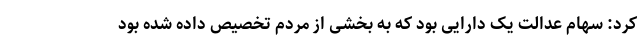
کرد: سهام عدالت یک دارایی‌ بود که به بخشی از مردم تخصیص داده شده بود